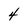
Character: 4